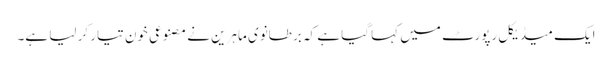
ایک میڈیکل رپورٹ میں کہا گیا ہے کہ برطانوی ماہرین نے مصنوعی خون تیار کر لیا ہے۔